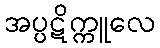
အပ္ပဋိက္ကူလေ